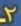
2